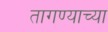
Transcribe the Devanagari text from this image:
तागण्याच्या